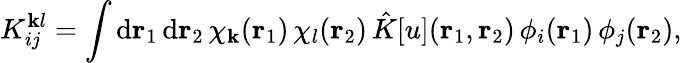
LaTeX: {K}_{ij}^{\mathbf{k}l}=\int\mathrm{{d}}{\mathbf{{r}}_{1}}\, \mathrm{{d}}{\mathbf{{r}}_{2}}\, \chi_{\mathbf{k}}({\mathbf{{r}}_{1}})\, \chi_{l}({\mathbf{{r}}_{2}})\, \hat{{K}}[u]({\mathbf{{r}}_{1}},{\mathbf{{r}}_{2}})\, \phi_{i}({\mathbf{{r}}_{1}})\, \phi_{j}({\mathbf{{r}}_{2}}),